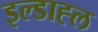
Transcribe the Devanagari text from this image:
इल्डाह्ल